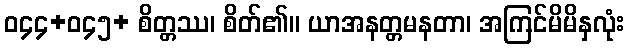
ဝ၄၄+ဝ၄၅+ စိတ္တဿ၊ စိတ်၏။ ယာအနတ္တမနတာ၊ အကြင်မိမိနှလုံး